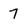
Character: 7